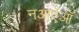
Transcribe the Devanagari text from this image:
नआऍऑ